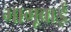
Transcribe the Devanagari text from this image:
भागूबाई